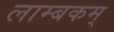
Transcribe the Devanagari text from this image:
लाम्बकम्